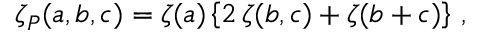
\zeta _ { P } ( a , b , c ) = \zeta ( a ) \left\{ 2 \, \zeta ( b , c ) + \zeta ( b + c ) \right\} \, ,